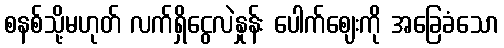
စနစ်သို့မဟုတ် လက်ရှိငွေလဲနှုန်း ပေါက်ဈေးကို အခြေခံသော